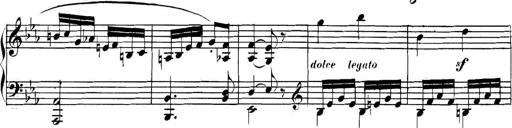
Title: Collected Piano Sonatas
Composer: Muzio Clementi